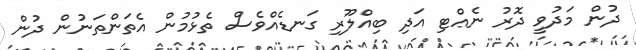
ދުން މަދުވީ ދޮރު ނެޢްޓި އަދި ބިއްލޫރި ގަނޑެއްވެސް ތެޅުމުން އެތަންތަނުން ދުން